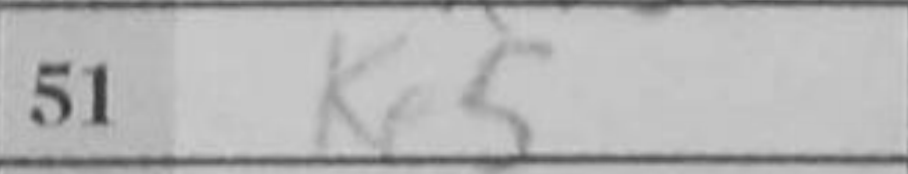
Transcription: Ke5